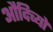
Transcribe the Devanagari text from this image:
औदिच्यों